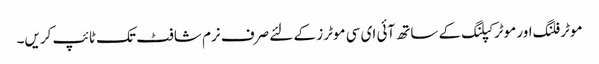
موٹر فلنگ اور موٹر کپلنگ کے ساتھ آئی ای سی موٹرز کے لئے صرف نرم شافٹ تک ٹائپ کریں۔